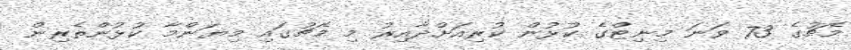
މެޗުގެ 73 ވަނަ މިނިޓްގެ ކުޅުން ކުރިއަށްދާއިރު މި މެޗުގައި މިޔަންމާ ކުޅުންތެރިން